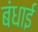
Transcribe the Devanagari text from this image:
बंधाई